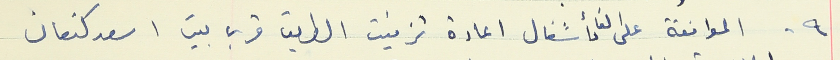
٩ - الموافقة على الغاء أشغال اعادة تزفنت الطريق قرب بيت اسعد كنعان